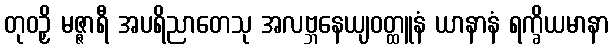
တုဝဉှိ မဇ္ဇာရီ အပရိညာတေသု အလဗ္ဘနေယျဝတ္ထူနံ ယာနာနံ ရက္ခိယမာနာ